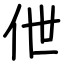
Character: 伳